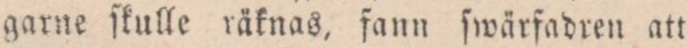
garne ſkulle räknas, fann ſwärfadren att